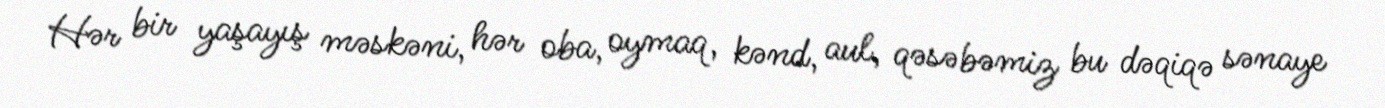
Hər bir yaşayış məskəni, hər oba, oymaq, kənd, aul, qəsəbəmiz bu dəqiqə sənaye